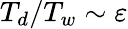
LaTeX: T_{d}/T_{w}\sim{\varepsilon}